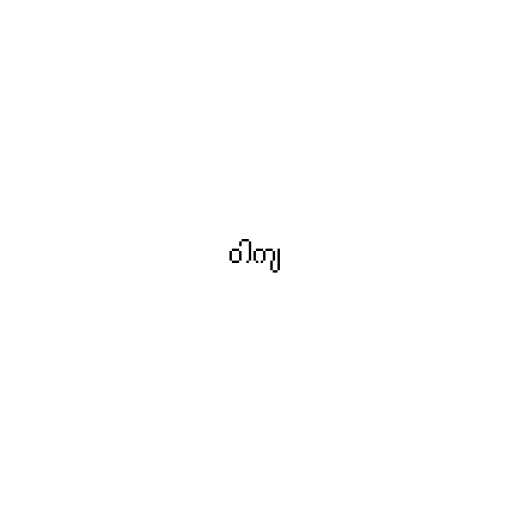
ဝါကျ